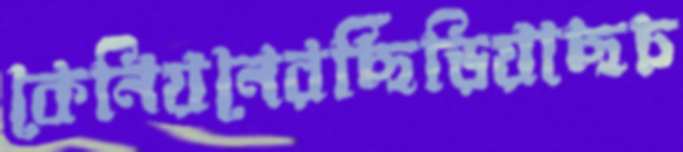
কেনিয়নেরছিঁড়িয়াছচ